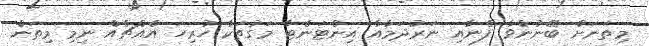
މިތަނަށް ބޭނުންވާ ފެނާއި ނަރުދަމާއާ އިންޓަނެޓާ މަގުތަކާ ހުރިހަ އެއްޗެއް ނިމި މިތަން